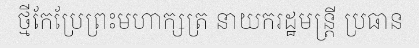
ថ្មីកែប្រែព្រះមហាក្សត្រ នាយករដ្ឋមន្ត្រី ប្រធាន